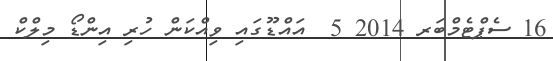
16 ސެޕްޓެމްބަރ 2014 5  އައްޑޫގައި ވިއްކަން ހުރި އިންޑޯ މިލްކް